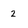
Character: 2